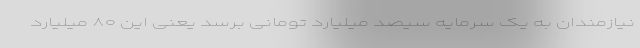
نیازمندان به یک سرمایه سیصد میلیارد تومانی برسد یعنی این ۸۰ میلیارد